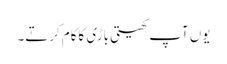
یوں آپ کھیتی باڑی کاکام کرتے۔